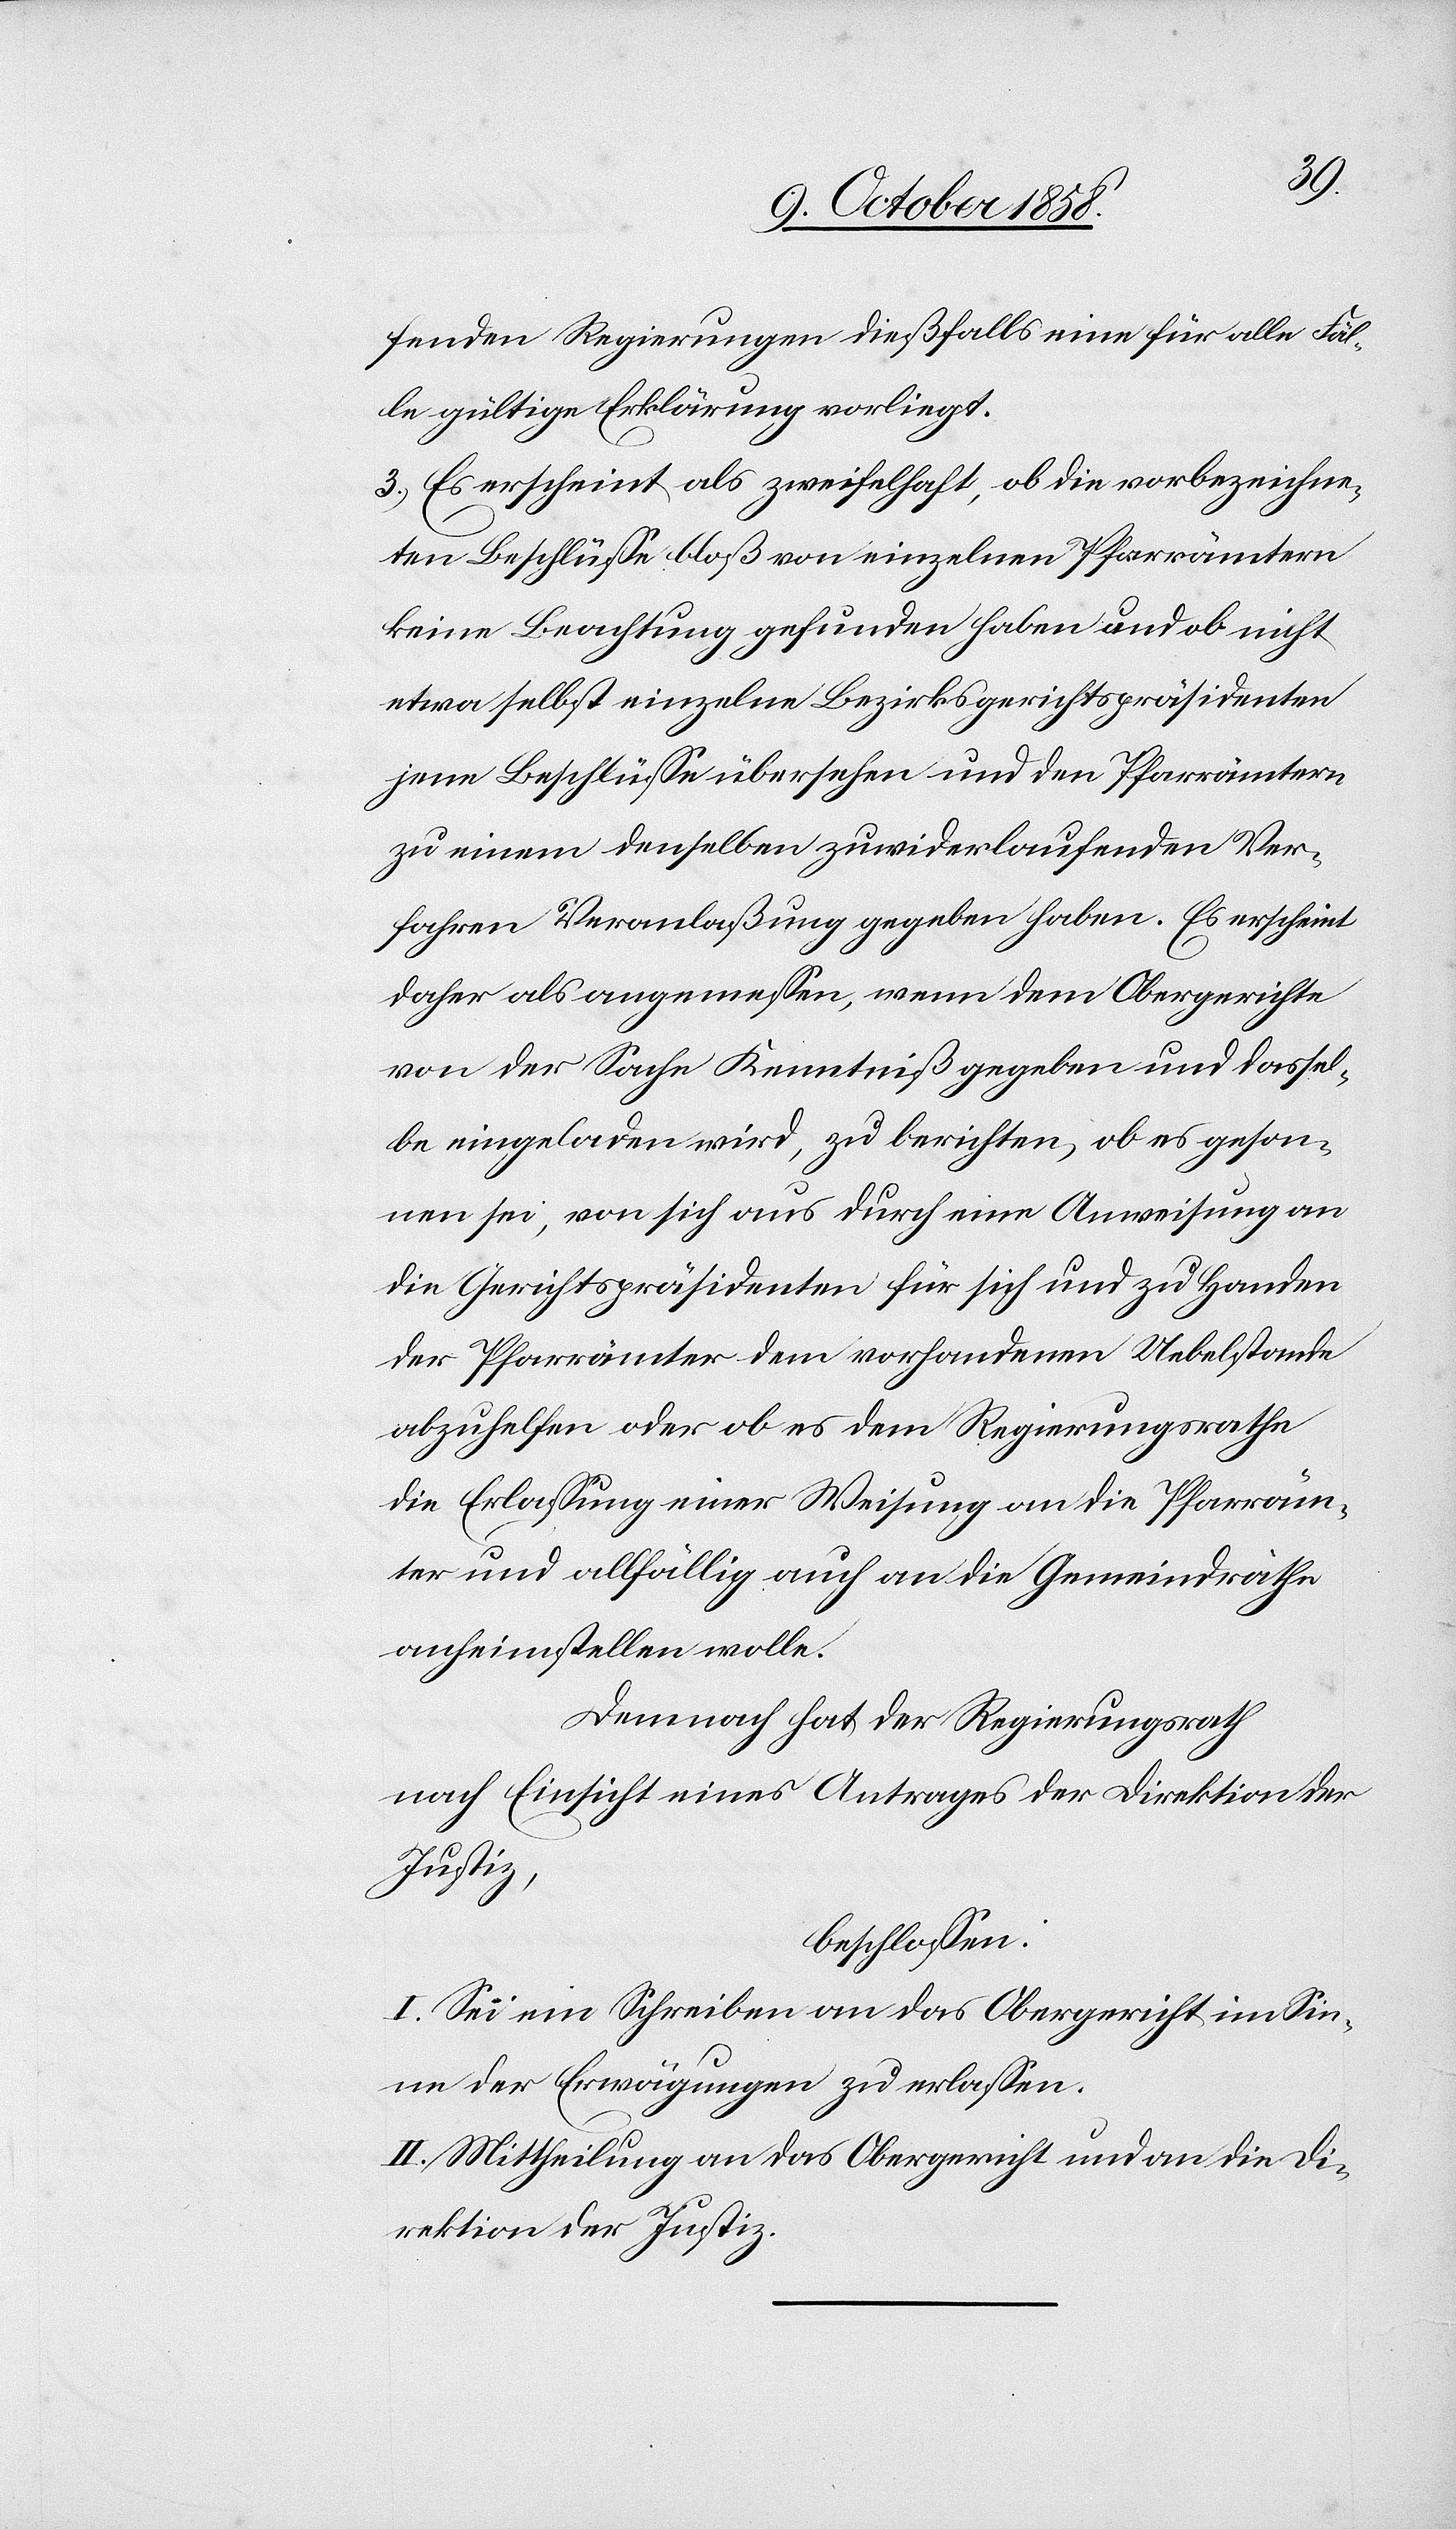
fenden Regierungen dießfalls eine für alle Fäl¬
le gültige Erklärung vorliegt.
3.) Es erscheint als zweifelhaft, ob die vorbezeichne¬
ten Beschlüsse bloß von einzelnen Pfarrämtern
keine Beachtung gefunden haben und ob nicht
etwa selbst einzelne Bezirksgerichtspräsidenten
jene Beschlüsse übersehen und den Pfarrämtern
zu einem denselben zuwiderlaufenden Ver¬
fahren Veranlaßung gegeben haben. Es erscheint
daher als angemessen, wenn dem Obergerichte
von der Sache Kenntniß gegeben und dassel¬
be eingeladen wird, zu berichten, ob es geson¬
nen sei, von sich aus durch eine Anweisung an
die Gerichtspräsidenten für sich und zu Handen
der Pfarrämter dem vorhandenen Uebelstande
abzuhelfen oder ob es dem Regierungsrathe
die Erlassung einer Weisung an die Pfarräm¬
ter und allfällig auch an die Gemeindräthe
anheimstellen wolle.
Demnach hat der Regierungsrath
nach Einsicht eines Antrages der Direktion der
Justiz,
beschlossen:
I. Sei ein Schreiben an das Obergericht im Sin¬
ne der Erwägungen zu erlassen.
II. Mittheilung an das Obergericht und an die Di¬
rektion der Justiz.